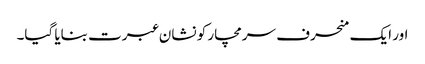
اور ایک منحرف سرمچار کو نشان عبرت بنایا گیا۔